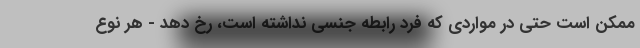
ممکن است حتی در مواردی که فرد رابطه جنسی نداشته است، رخ دهد - هر نوع